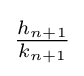
{\tfrac {h_{n+1}}{k_{n+1}}}